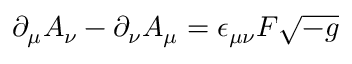
\partial _ { \mu } A _ { \nu } - \partial _ { \nu } A _ { \mu } = \epsilon _ { \mu \nu } F \sqrt { - g }